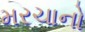
મરચાનો